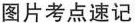
图片考点速记